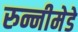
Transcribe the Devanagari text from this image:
रुन्नीमेडे